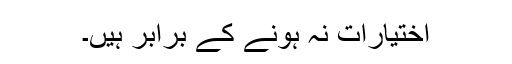
اختیارات نہ ہونے کے برابر ہیں۔